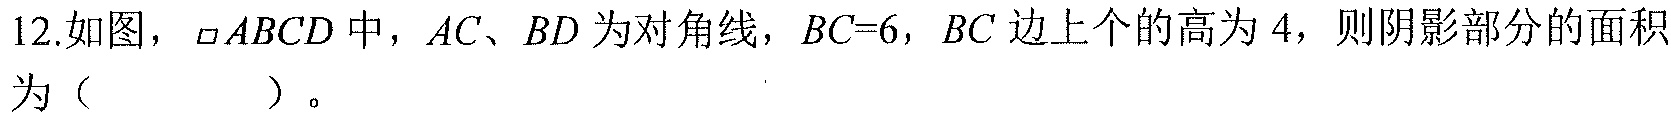
12.如图，$\square ABCD$中，$AC、BD$为对角线，$BC = 6$，$BC$边上个的高为$4$，则阴影部分的面积为（  ）。